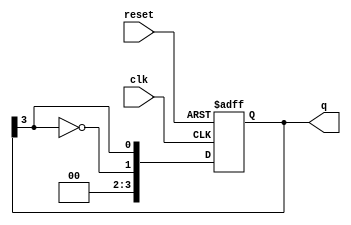
module johnson_counter #(
    parameter N = 4  // Number of flip-flops
) (
    input wire clk,     // Clock input
    input wire reset,   // Asynchronous reset
    output reg [N-1:0] q // Counter output
);

    always @(posedge clk or posedge reset) begin
        if (reset) begin
            q <= {N{1'b0}}; // Initialize to 0
        end else begin
            q <= {~q[N-1], q[N-1:N-1]}; // Shift and feedback the inverted last flip-flop
        end
    end

endmodule